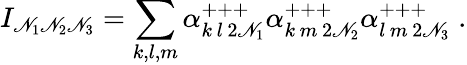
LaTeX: I_{\mathscr{N}_{1}\mathscr{N}_{2}\mathscr{N}_{3}}=\sum_{k,l,m}\alpha_{k\, l\, 2\mathscr{N}_{1}}^{+++}\alpha_{k\, m\, 2\mathscr{N}_{2}}^{+++}\alpha_{l\, m\, 2\mathscr{N}_{3}}^{+++}\; .